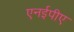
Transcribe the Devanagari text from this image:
एनईपीए